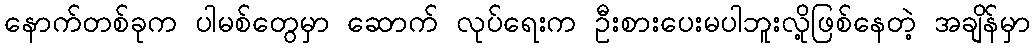
နောက်တစ်ခုက ပါမစ်တွေမှာ ဆောက် လုပ်ရေးက ဦးစားပေးမပါဘူးလို့ဖြစ်နေတဲ့ အချိန်မှာ